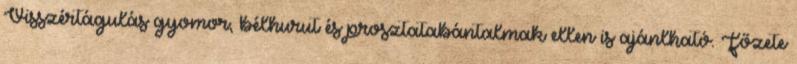
Visszértágulás gyomor, bélhurut és prosztatabántalmak ellen is ajánlható. Főzete